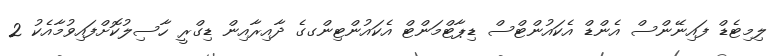
ލިމިޓެޑް ފައިނޭންސް އެންޑް އެކައުންޓްސް ޑިޕާޓްމަންޓް އެކައުންޓިންގގެ ދާއިރާއިން ޑިގްރީ ހާސިލުކޮށްފައިވުމާއެކު 2